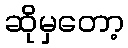
ဆိုမှတော့